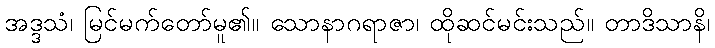
အဒ္ဒသံ၊ မြင်မက်တော်မူ၏။ သောနာဂရာဇာ၊ ထိုဆင်မင်းသည်။ တာဒိသာနိ၊